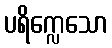
ပရိက္လေသော